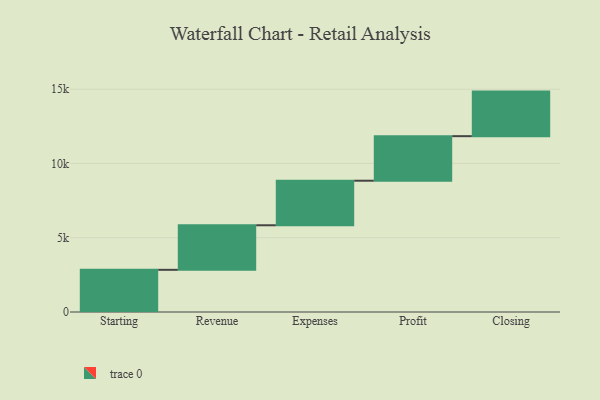
{"axis": {"x": "Step", "y": "Value"}, "legend": [""], "data": [{"x": "Starting", "y": 2840.0, "type": ""}, {"x": "Revenue", "y": 3000, "type": ""}, {"x": "Expenses", "y": 3000, "type": ""}, {"x": "Profit", "y": 3000, "type": ""}, {"x": "Closing", "y": 3000, "type": ""}]}